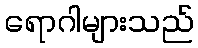
ရောဂါများသည်